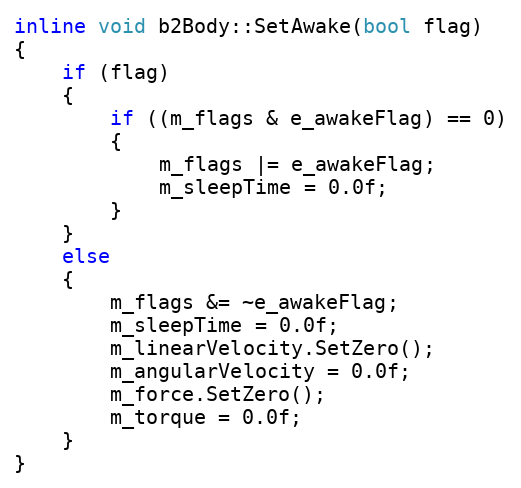
Language: C
inline void b2Body::SetAwake(bool flag)
{
	if (flag)
	{
		if ((m_flags & e_awakeFlag) == 0)
		{
			m_flags |= e_awakeFlag;
			m_sleepTime = 0.0f;
		}
	}
	else
	{
		m_flags &= ~e_awakeFlag;
		m_sleepTime = 0.0f;
		m_linearVelocity.SetZero();
		m_angularVelocity = 0.0f;
		m_force.SetZero();
		m_torque = 0.0f;
	}
}